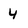
Character: 4